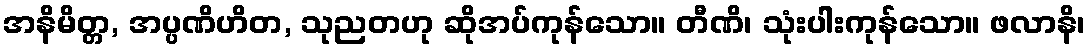
အနိမိတ္တ, အပ္ပဏိဟိတ, သုညတဟု ဆိုအပ်ကုန်သော။ တီဏိ၊ သုံးပါးကုန်သော။ ဖလာနိ၊